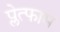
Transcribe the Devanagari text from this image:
प्लेत्फाम